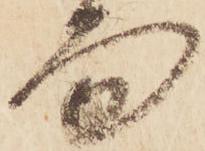
面